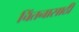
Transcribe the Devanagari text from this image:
चिंतनासाठी